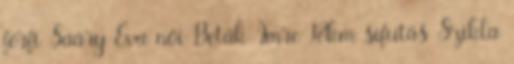
férfi Saáry Éva női Beták Imre 18km sífutás Szikla